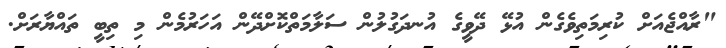
"ރާއްޖެއަށް ކުރިމަތިވެގެން އުޅޭ ދޭވީގެ އުނދަގުލުން ސަލާމަތްކޮށްދޭން އަހަރުމެން މި ތިބީ ތައްޔާރަށް.